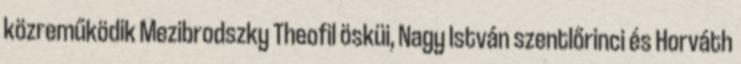
közreműködik Mezibrodszky Theofil ösküi, Nagy István szentlőrinci és Horváth